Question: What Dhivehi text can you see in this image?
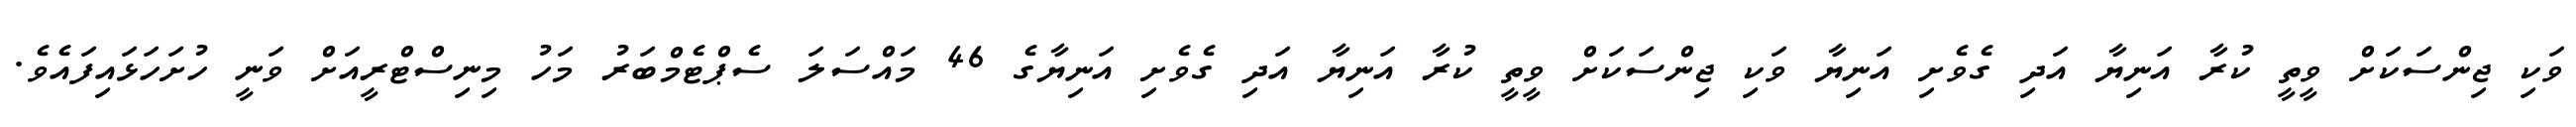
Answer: ވަކި ޖިންސަކަށް ވީތީ ކުރާ އަނިޔާ އަދި ގެވެށި އަނިޔާ ވަކި ޖިންސަކަށް ވީތީ ކުރާ އަނިޔާ އަދި ގެވެށި އަނިޔާގެ 46 މައްސަލަ ސެޕްޓެމްބަރު މަހު މިނިސްޓްރީއަށް ވަނީ ހުށަހަޅައިފައެވެ.